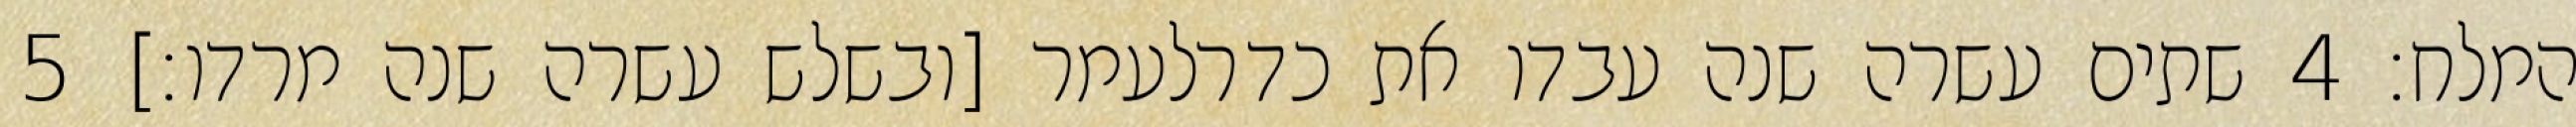
המלח׃ ‎4‏ שתים עשרה שנה עבדו את כדרלעמר [ובשלש עשרה שנה מרדו׃] ‎5‏